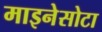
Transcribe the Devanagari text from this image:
माइनेसोटा